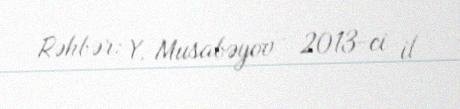
Rəhbər: Y. Musabəyov - 2013-ci il